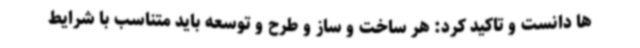
ها دانست و تاکید کرد: هر ساخت و ساز و طرح و توسعه باید متناسب با شرایط